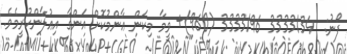
ފޯނު:  3333134 3333196 (960)+ ވީމާ މިކަން ޢާންމުކޮށް އަންގާ އިޢުލާންކުރީމެވެ.